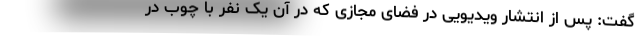
گفت: پس از انتشار ویدیویی در فضای مجازی که در آن یک نفر با چوب در